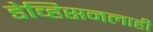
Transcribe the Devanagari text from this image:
डेव्हिसनलाही